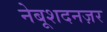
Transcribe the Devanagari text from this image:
नेबूशदनज़र